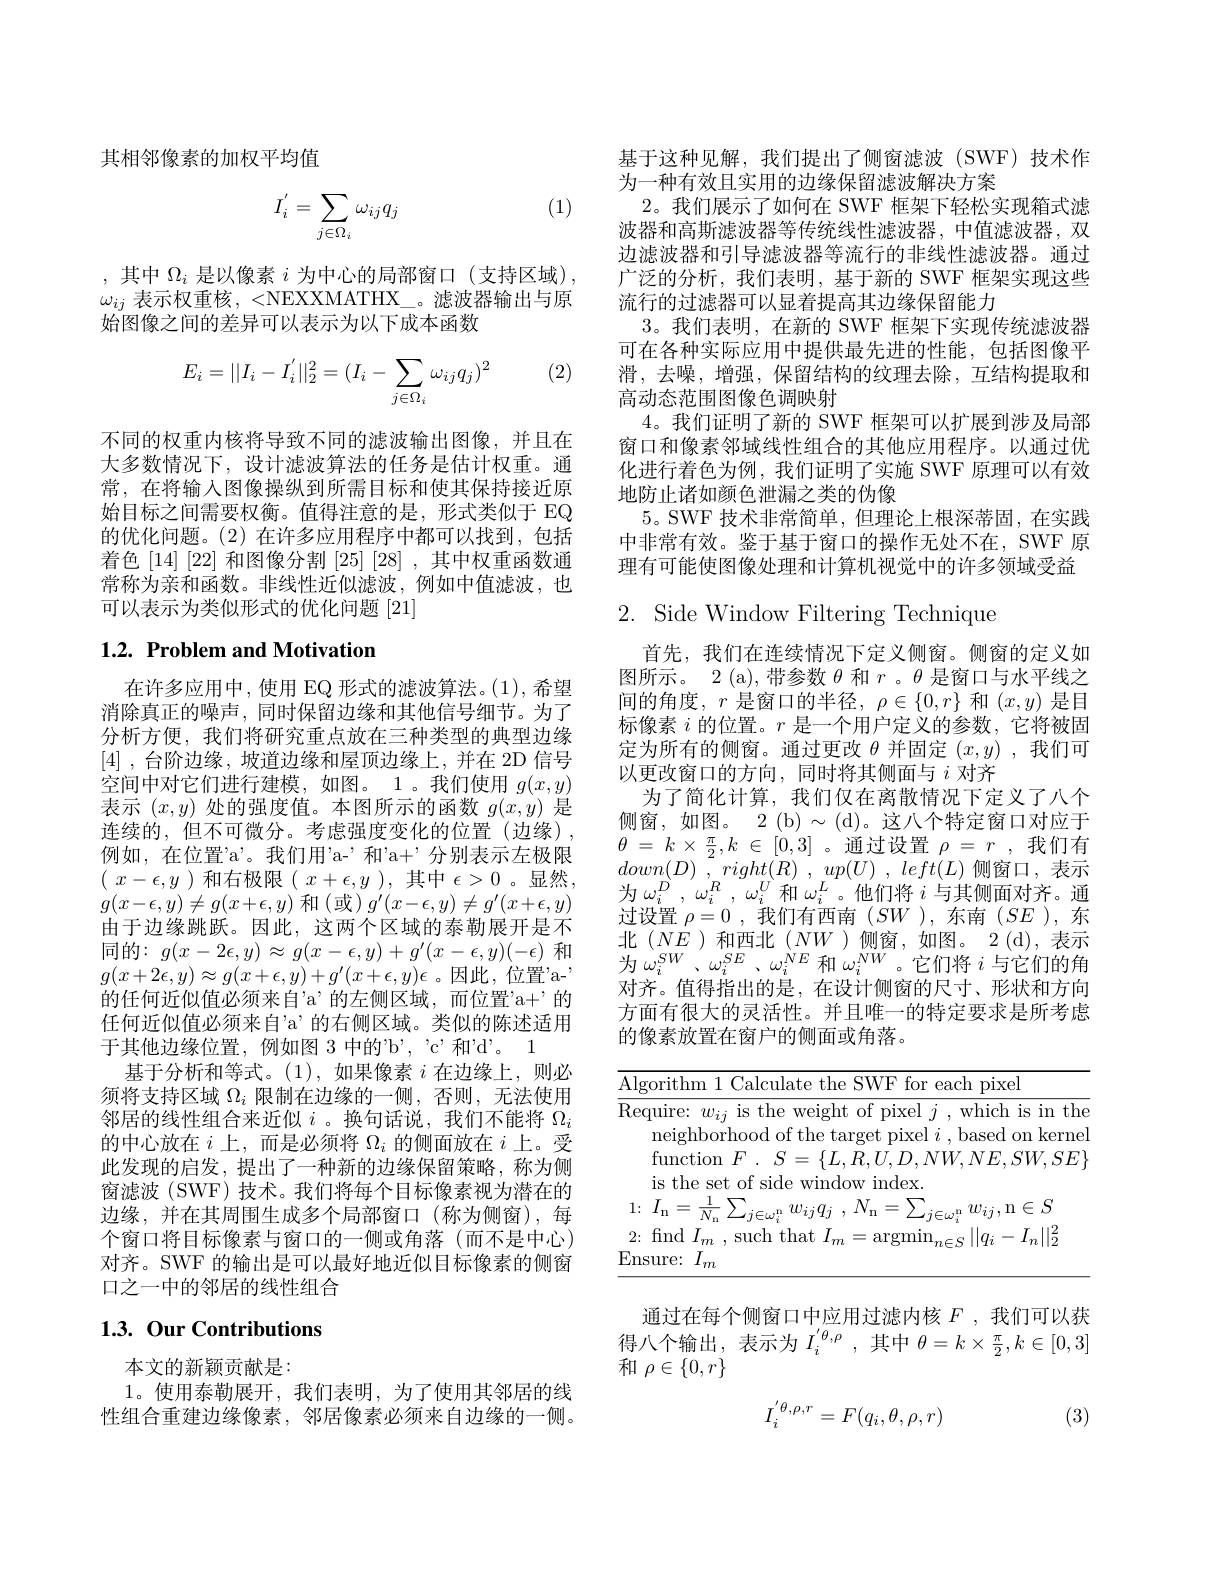
其相邻像素的加权平均值

(1)
$$I_i^{'}=\sum_{j\in\Omega_i}\omega_{ij}q_j$$
,其中$\Omega_i$是以像素$i$为中心的局部窗口(支持区域), $\omega_{ij}$表示权重核 , <NEXXMATHX\_。滤波器输出与原始图像之间的差异可以表示为以下成本函数

(2)
$$E_i=||I_i-I_i^{'}||_2^2=(I_i-\sum_{j\in\Omega_i}\omega_{ij}q_j)^2$$
不同的权重内核将导致不同的滤波输出图像，并且在大多数情况下，设计滤波算法的任务是估计权重。通常，在将输入图像操纵到所需目标和使其保持接近原始目标之间需要权衡。值得注意的是，形式类似于 EQ 的优化问题。(2) 在许多应用程序中都可以找到，包括着色[14] [22] 和图像分割[25] [28] , 其中权重函数通常称为亲和函数。非线性近似滤波，例如中值滤波，也可以表示为类似形式的优化问题[21]

## 1.2. Problem and Motivation

在许多应用中，使用 EQ 形式的滤波算法。(1), 希望消除真正的噪声，同时保留边缘和其他信号细节。为了分析方便，我们将研究重点放在三种类型的典型边缘[4] , 台阶边缘，坡道边缘和屋顶边缘上，并在 2D 信号空间中对它们进行建模，如图。1。我们使用$g(x,y)$ 表示$(x,y)$处的强度值。本图所示的函数$g(x,y)$是连续的，但不可微分。考虑强度变化的位置(边缘), 例如，在位置'a'。我们用'a-'和'a+'分别表示左极限( $x- \epsilon , y$ )和右极限( $x+ \epsilon , y$ ),其中$\epsilon>0$。显然， $g(x-\epsilon,y)\neq g(x+\epsilon,y)$和 (或)$g^\prime(x-\epsilon,y)\neq g^{\prime}(x+\epsilon,y)$ 由于边缘跳跃。因此，这两个区域的泰勒展开是不同的：$g(x-2\epsilon,y)\approx g(x-\epsilon,y)+g^{\prime}(x-\epsilon,y)(-\epsilon)$和$g(x+2\epsilon,y)\approx g(x+\epsilon,y)+g^{\prime}(x+\epsilon,y)\epsilon$。因此，位置"a的任何近似值必须来自'a'的左侧区域，而位置'a+’的任何近似值必须来自’a’的右侧区域。类似的陈述适用于其他边缘位置，例如图 3 中的"b', 'c'和'd'。1
基于分析和等式。(1),如果像素$i$在边缘上，则必须将支持区域$\Omega_i$限制在边缘的一侧，否则，无法使用邻居的线性组合来近似$i$ 。换句话说，我们不能将$\Omega_i$ 的中心放在$i$上，而是必须将$\Omega_i$的侧面放在$i$上。受此发现的启发，提出了一种新的边缘保留策略，称为侧窗滤波(SWF)技术。我们将每个目标像素视为潜在的边缘，并在其周围生成多个局部窗口(称为侧窗),每个窗口将目标像素与窗口的一侧或角落(而不是中心) 对齐。SWF 的输出是可以最好地近似目标像素的侧窗口之一中的邻居的线性组合

# 1.3. Our Contributions

本文的新颖贡献是：
1。使用泰勒展开，我们表明，为了使用其邻居的线性组合重建边缘像素，邻居像素必须来自边缘的一侧。

基于这种见解，我们提出了侧窗滤波(SWF)技术作
为一种有效且实用的边缘保留滤波解决方案
2。我们展示了如何在 SWF 框架下轻松实现箱式滤波器和高斯滤波器等传统线性滤波器，中值滤波器，双边滤波器和引导滤波器等流行的非线性滤波器。通过广泛的分析，我们表明，基于新的 SWF 框架实现这些流行的过滤器可以显着提高其边缘保留能力
3。我们表明，在新的 SWF 框架下实现传统滤波器可在各种实际应用中提供最先进的性能，包括图像平滑，去噪，增强，保留结构的纹理去除，互结构提取和高动态范围图像色调映射
4。我们证明了新的 SWF 框架可以扩展到涉及局部窗口和像素邻域线性组合的其他应用程序。以通过优化进行着色为例，我们证明了实施 SWF 原理可以有效地防止诸如颜色泄漏之类的伪像
5。SWF 技术非常简单，但理论上根深蒂固，在实践中非常有效。鉴于基于窗口的操作无处不在，SWF 原理有可能使图像处理和计算机视觉中的许多领域受益

# $2.{\mathrm{~Side~Window~Filtering~Technique}}$

首先，我们在连续情况下定义侧窗。侧窗的定义如图所示。2 (a),带参数$\theta$和$r$ 。$\theta$是窗口与水平线之间的角度，$r$是窗口的半径$,\rho\in\{0,r\}$和$(x,y)$是目标像素$i$的位置。$r$是一个用户定义的参数，它将被固定为所有的侧窗。通过更改$\theta$并固定$(x,y)$ ,我们可以更改窗口的方向，同时将其侧面与$i$对齐
为了简化计算，我们仅在离散情况下定义了八个侧窗，如图。2(b)$\sim(d)。这八个特定窗口对应于$ $\theta$ = $k\times$ $\frac \pi 2, k$ $\in$ [0,3] 。通过设置$\rho = r$ ,我们有$down( D)$ , $right( R)$ , $up( U)$ , $left( L)$ 侧窗口，表示为$\omega _i^D$ , $\omega _i^R$ , $\omega _i^U$和$\omega_i^L$ 。他们将$i$与其侧面对齐。通过设置$\rho=0$ ,我们有西南$(SW$ ),东南$(SE$ ),东北$(NE$)和西北$(NW$)侧窗，如图。2(d),表示为$\omega_i^{SW}$、$\omega_i^{SE}$、$\omega_i^{NE}$和$\omega_i^{NW}$。它们将$i$与它们的角对齐。值得指出的是，在设计侧窗的尺寸、形状和方向方面有很大的灵活性。并且唯一的特定要求是所考虑的像素放置在窗户的侧面或角落。

<table>
	<tbody>
		<tr>
			<td>$\because P_{\Delta}$</td>
			<td>$\" ithm$ Calculate SWH pixe the $\tan^{\cdot}$ each</td>
		</tr>
		<tr>
			<td>T 1</td>
			<td>h$\epsilon$</td>
		</tr>
		<tr>
			<td> </td>
			<td>kerne</td>
		</tr>
		<tr>
			<td> </td>
			<td>function$F.S$ = 二 $\{L_{\perp}$, $U.D.NW.NE.SW.SE$</td>
		</tr>
		<tr>
			<td> </td>
			<td>$I_{\mathrm{n}}=\frac{1}{N_{\mathrm{n}}}\sum_{i\mathrm{e}}$ ${}_{\mathrm{a} }$ $w_{ij}q_{i}$ , $N_{\mathrm{n} }= \sum _{i}$ $m$ 11 $w_{ij}$,n$\in S$</td>
		</tr>
		<tr>
			<td> </td>
			<td>$\tilde{r}_{n}\|_{n}^{2}$ finc s11rh hat $\ddot{d}.$</td>
		</tr>
		<tr>
			<td>E 1</td>
			<td> </td>
		</tr>
	</tbody>
</table>

通过在每个侧窗口中应用过滤内核$F$ ,我们可以获得八个输出，表示为$I_i^{^{\prime}\theta,\rho}$,其中$\theta=k\times\frac\pi2,k\in[0,3]$ 和$\rho\in\{0,r\}$

(3)
$$I_i^{'\theta,\rho,r}=F(q_i,\theta,\rho,r)$$